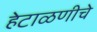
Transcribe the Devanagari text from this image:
हेटाळणीचे